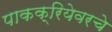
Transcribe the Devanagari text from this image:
पाकक्रियेवरचे